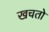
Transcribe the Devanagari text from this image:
खचतो